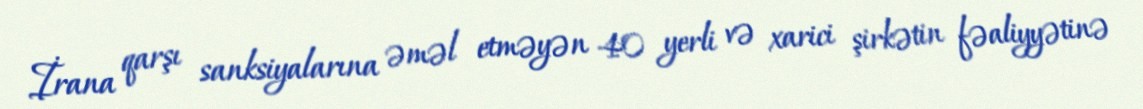
İrana qarşı sanksiyalarına əməl etməyən 40 yerli və xarici şirkətin fəaliyyətinə